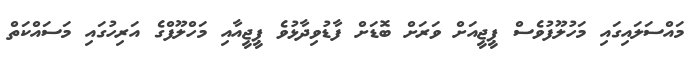
މައްސަލައިގައި މަހުލޫފުވެސް ޕީޖީއަށް ވަރަށް ބޮޑަށް ފާޑުވިދާޅުވެ ޕީޖީއާއި މަހްލޫފްގެ އަރިހުގައި މަސައްކަތް